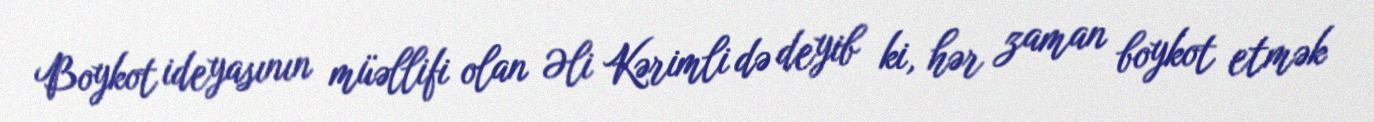
Boykot ideyasının müəllifi olan Əli Kərimli də deyib ki, hər zaman boykot etmək